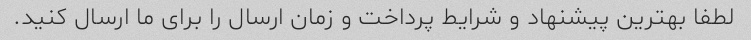
لطفا بهترین پیشنهاد و شرایط پرداخت و زمان ارسال را برای ما ارسال کنید.